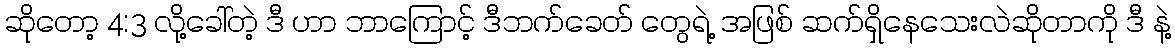
ဆိုတော့ 4:3 လို့ခေါ်တဲ့ ဒီ ဟာ ဘာကြောင့် ဒီဘက်ခေတ် တွေရဲ့ အဖြစ် ဆက်ရှိနေသေးလဲဆိုတာကို ဒီ နဲ့